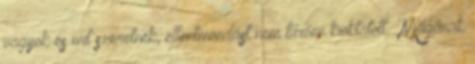
vagyok és mit szeretnék, ellentmondást nem tűrően kioktatott: „Magának